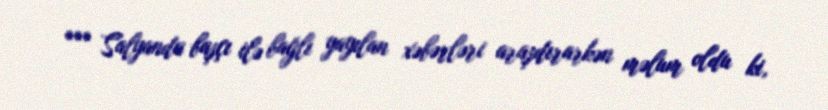
*** Salyanda başçı ilə bağlı yayılan xəbərləri araşdırarkən məlum oldu ki,